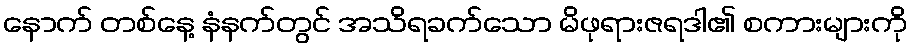
နောက် တစ်နေ့ နံနက်တွင် အသိရခက်သော မိဖုရားဇရဒါ၏ စကားများကို